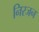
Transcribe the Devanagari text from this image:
निरजन